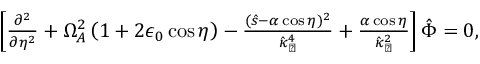
\begin{array} { r } { \left[ \frac { \partial ^ { 2 } } { \partial \eta ^ { 2 } } + \Omega _ { A } ^ { 2 } \left( 1 + 2 \epsilon _ { 0 } \cos \eta \right) - \frac { ( \hat { s } - \alpha \cos \eta ) ^ { 2 } } { \hat { \kappa } _ { \perp } ^ { 4 } } + \frac { \alpha \cos \eta } { \hat { \kappa } _ { \perp } ^ { 2 } } \right] \hat { \Phi } = 0 , } \end{array}